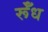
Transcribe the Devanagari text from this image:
र्रूँध